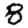
Digit: 8